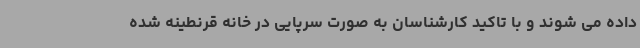
داده می شوند و با تاکید کارشناسان به صورت سرپایی در خانه قرنطینه شده